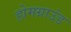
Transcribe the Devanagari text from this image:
होमग्राउंड